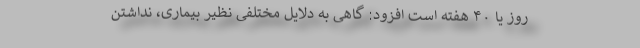
روز یا ۴۰ هفته است افزود: گاهی به دلایل مختلفی نظیر بیماری، نداشتن